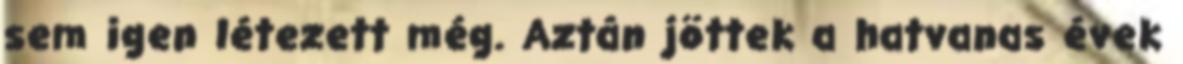
sem igen létezett még. Aztán jöttek a hatvanas évek